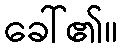
ခေါ်၏။